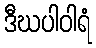
ဒီဃပါဝါရံ